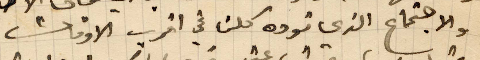
والاجتماع الذي توده كلن في اقرب الأوقات